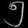
Digit: ၅